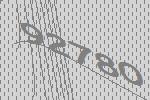
92780